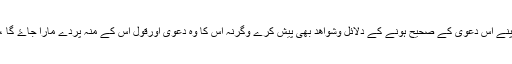
اورسب عقلمند اس پرمتفق ہیں کہ جوانسان بھی کسی قسم کا دعوی کرے وہ اپنے اس دعوی کے صحیح ہونے کے دلائل وشواھد بھی پیش کرے وگرنہ اس کا وہ دعوی اورقول اس کے منہ پردے مارا جاۓ گا ، توہم ان سے پوچھتے ہيںکہ ان کےاس پھسپھسے دعوی کی دلیل کہاں ہے ؟